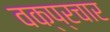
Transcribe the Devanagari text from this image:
वक्प्रचार